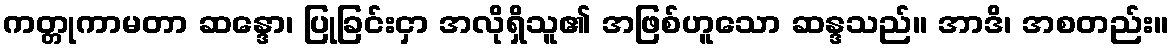
ကတ္တုကာမတာ ဆန္ဒော၊ ပြုခြင်းငှာ အလိုရှိသူ၏ အဖြစ်ဟူသော ဆန္ဒသည်။ အာဒိ၊ အစတည်း။